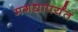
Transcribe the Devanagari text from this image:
मगधापर्यंत